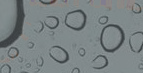
بيع وشراء جميع أنواع العط